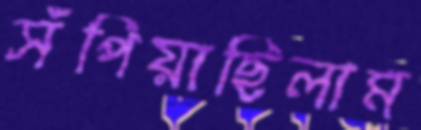
সঁপিয়াছিলাম